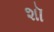
શૉ